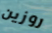
روزين